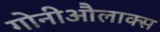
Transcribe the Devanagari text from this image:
गोनीऔलाक्स